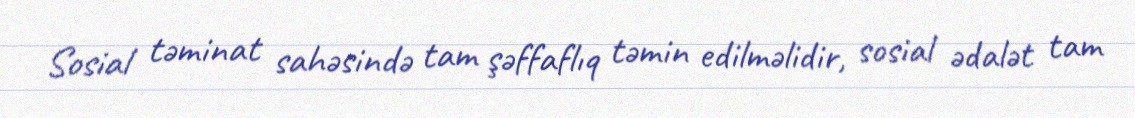
Sosial təminat sahəsində tam şəffaflıq təmin edilməlidir, sosial ədalət tam